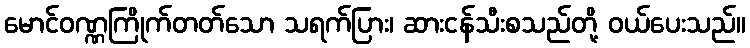
မောင်ဝဏ္ဏကြိုက်တတ်သော သရက်ပြား၊ ဆားငန်သီးစသည်တို့ ဝယ်ပေးသည်။